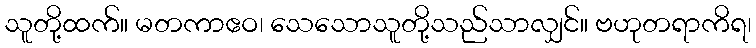
သူတို့ထက်။ မတကာဧဝ၊ သေသောသူတို့သည်သာလျှင်။ ဗဟုတရာကိရ၊